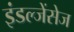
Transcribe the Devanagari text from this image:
इंडल्जेंसेज